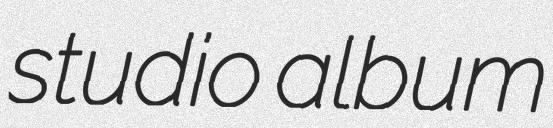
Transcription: studio album